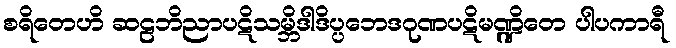
စရိတေဟိ ဆဠဘိညာပဋိသမ္ဘိဒါဒိပ္ပဘေဒဂုဏပဋိမဏ္ဍိတေ ပါပကာရီ